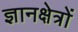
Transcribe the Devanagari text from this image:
ज्ञानक्षेत्रों